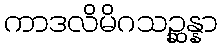
ကာဒလိမိဂသဉ္ဆန္နာ